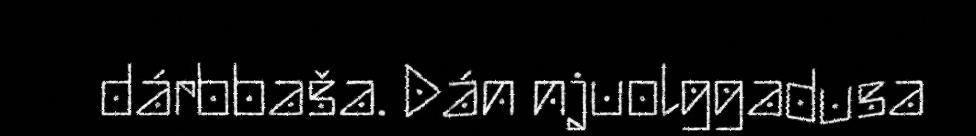
dárbbaša. Dán njuolggadusa